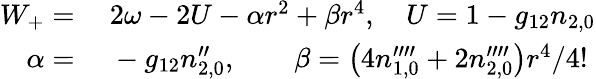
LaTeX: \begin{array}{rl}{W_{+}=}&{\ 2\omega-2U-\alpha r^{2}+\beta r^{4},\quad U=1-g_{12}n_{2,0}}\\ {\alpha=}&{\ -g_{12}n_{2,0}^{\prime\prime},\qquad\beta=\left(4n_{1,0}^{\prime\prime\prime\prime}+2n_{2,0}^{\prime\prime\prime\prime}\right)r^{4}/4!}\end{array}